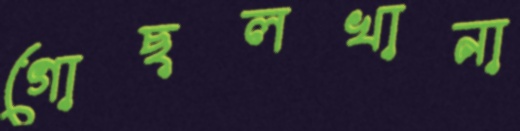
গোছলখানা